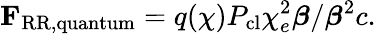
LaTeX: \mathbf{F}_{\mathrm{RR,quantum}}=q(\chi)P_{\mathrm{cl}}\chi_{e}^{2}\boldsymbol{\beta}/\boldsymbol{\beta}^{2}c.